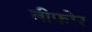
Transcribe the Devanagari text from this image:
बीफोर